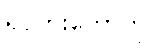
ရုပ်ပွားတော်ကို